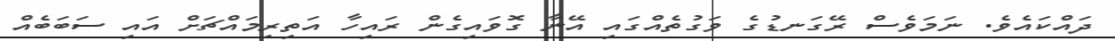
ދައްކައެވެ. ނަމަވެސް ރޭގަނޑުގެ ވަގުތެއްގައި އޭނާ ގޮވައިގެން ރައިހާ އަތިރިމައްޗަށް އައި ސަބަބެއް